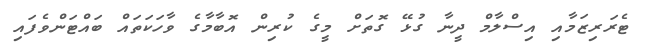
ޓެރަރިޒަމާއި އިސްލާމް ދީނާ ގުޅޭ ގޮތަށް މީގެ ކުރިން އޮބާމާގެ ވާހަކަތައް ބައްޓަންވެފައި